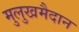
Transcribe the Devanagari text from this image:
मुलुखमैदान